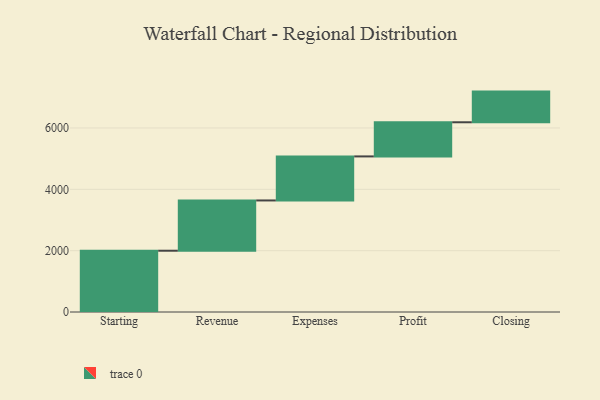
{"axis": {"x": "Step", "y": "Value"}, "legend": [""], "data": [{"x": "Starting", "y": 1998.0, "type": ""}, {"x": "Revenue", "y": 1639.0, "type": ""}, {"x": "Expenses", "y": 1436.0, "type": ""}, {"x": "Profit", "y": 1113.0, "type": ""}, {"x": "Closing", "y": 1000, "type": ""}]}